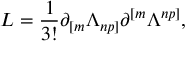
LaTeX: L = { \frac { 1 } { 3 ! } } \partial _ { [ m } \Lambda _ { n p ] } \partial ^ { [ m } \Lambda ^ { n p ] } ,